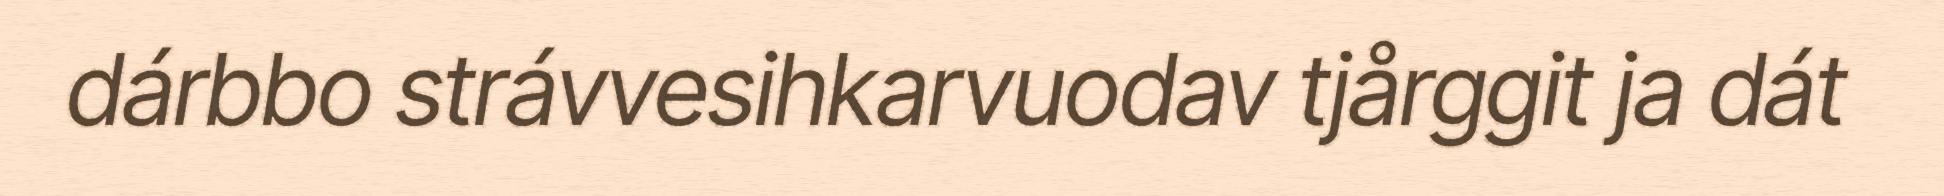
dárbbo strávvesihkarvuodav tjårggit ja dát